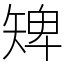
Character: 𥏠